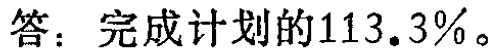
答：完成计划的\(113.3\%\)。